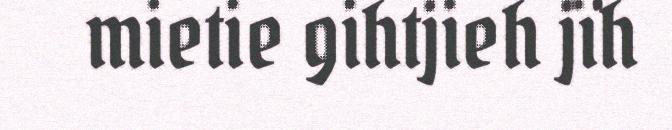
mietie gihtjieh jïh